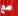
مع